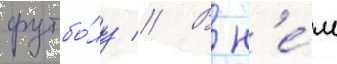
футбо́лу // В н'е́м